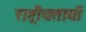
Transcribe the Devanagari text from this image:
राष्ट्रीयतायों